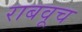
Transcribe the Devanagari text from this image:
राबवूच